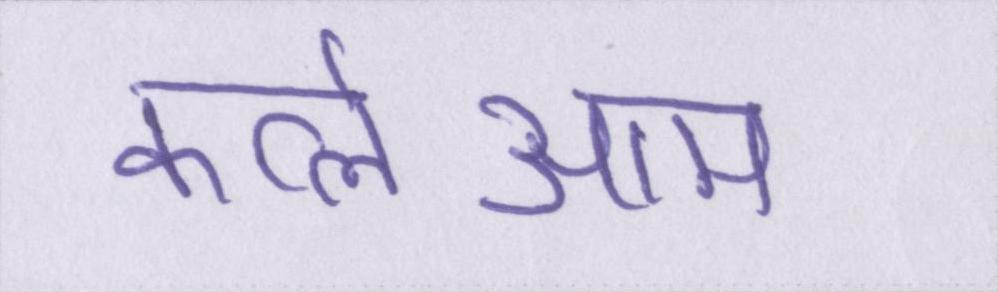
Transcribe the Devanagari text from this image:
कत्लेआम